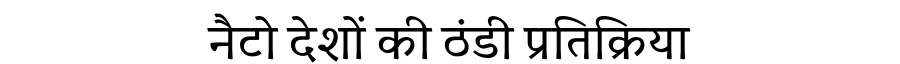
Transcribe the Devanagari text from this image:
नैटो देशों की ठंडी प्रतिक्रिया